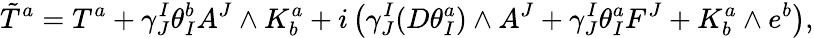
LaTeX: \tilde{T}^{a}=T^{a}+\gamma_{J}^{I}\theta_{I}^{b}A^{J}\wedge K_{b}^{a}+i\left(\gamma_{J}^{I}(D\theta_{I}^{a})\wedge A^{J}+\gamma_{J}^{I}\theta_{I}^{a}F^{J}+K_{b}^{a}\wedge e^{b}\right),